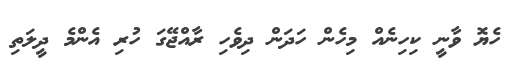
ހެޔޮ ވާނީ ކިހިނެއް މިހެން ހަދަން ދިވެހި ރާއްޖޭގަ ހުރި އެންމެ ދީލަތި